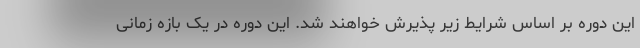
این دوره بر اساس شرایط زیر پذیرش خواهند شد. این دوره در یک بازه زمانی